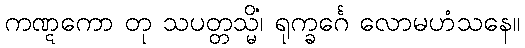
ကဏ္ဋကော တု သပတ္တသ္မိံ၊ ရုက္ခင်္ဂေ လောမဟံသနေ။